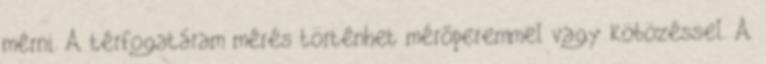
mérni. A térfogatáram mérés történhet mérõperemmel vagy köbözéssel. A